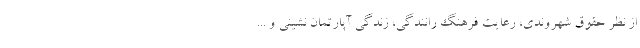
از نظر حقوق شهروندی، رعایت فرهنگ رانندگی، زندگی آپارتمان نشینی و ...